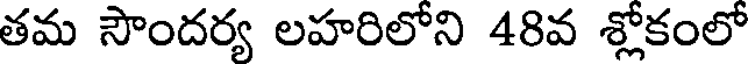
తమ సౌందర్య లహరిలోని 48వ శ్లోకంలో